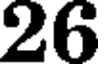
26